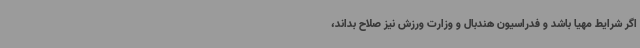
اگر شرایط مهیا باشد و فدراسیون هندبال و وزارت ورزش نیز صلاح بداند،